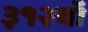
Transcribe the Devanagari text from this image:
३१२वॉ